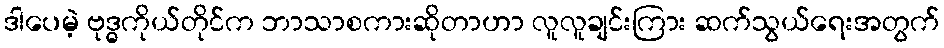
ဒါပေမဲ့ ဗုဒ္ဓကိုယ်တိုင်က ဘာသာစကားဆိုတာဟာ လူလူချင်းကြား ဆက်သွယ်ရေးအတွက်